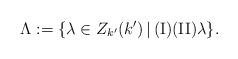
LaTeX: \begin{align*}\Lambda := \{ \lambda \in Z_{k'}(k')\,|\, {\rm (I)} {\rm (II)}\lambda\}. \end{align*}